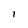
Character: 1